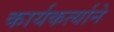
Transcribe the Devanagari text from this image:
कार्यकर्त्याने